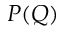
P ( Q )